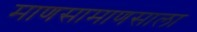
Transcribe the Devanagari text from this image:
माणसामाणसाला